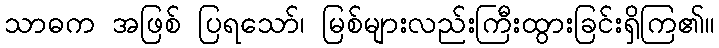
သာဓက အဖြစ် ပြရသော်၊ မြစ်များလည်းကြီးထွားခြင်းရှိကြ၏။